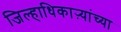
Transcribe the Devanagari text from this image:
जिल्हाधिकाऱ्यांच्या